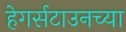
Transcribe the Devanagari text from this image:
हेगर्सटाउनच्या